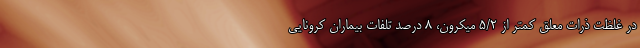
در غلظت ذرات معلق کمتر از ۵/۲ میکرون، ۸ درصد تلفات بیماران کرونایی